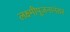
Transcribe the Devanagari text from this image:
लक्ष्मीपूजनानंतर